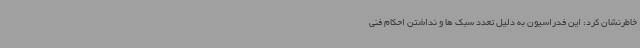
خاطرنشان کرد: این فدراسیون به دلیل تعدد سبک ها و نداشتن احکام فنی